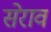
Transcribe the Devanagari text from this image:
सेराव